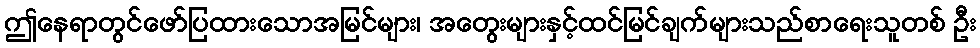
ဤနေရာတွင်ဖော်ပြထားသောအမြင်များ၊ အတွေးများနှင့်ထင်မြင်ချက်များသည်စာရေးသူတစ် ဦး